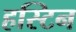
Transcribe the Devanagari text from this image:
हस्टिन